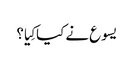
‏ یسوع نے کیا کِیا؟